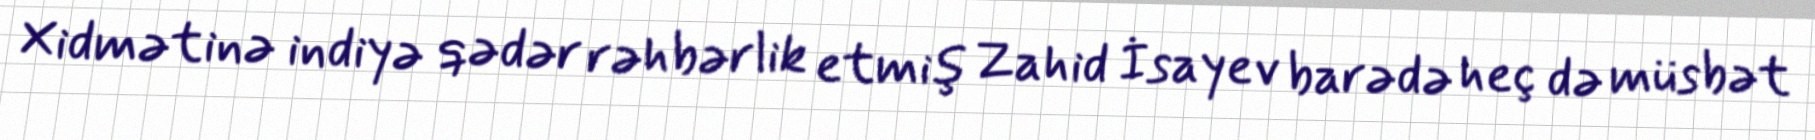
Xidmətinə indiyə qədər rəhbərlik etmiş Zahid İsayev barədə heç də müsbət